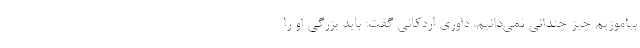
بیاموزیم چیز چندانی نمی‌دانیم. داوری اردکانی گفت: باید بزرگی او را